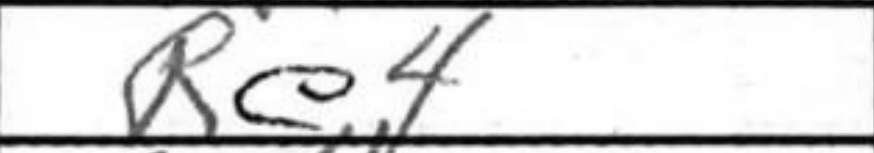
Transcription: Re4